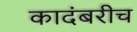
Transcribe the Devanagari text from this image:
कादंबरीच